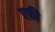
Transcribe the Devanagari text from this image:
एफ़ी